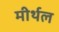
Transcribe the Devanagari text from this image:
मीर्थल